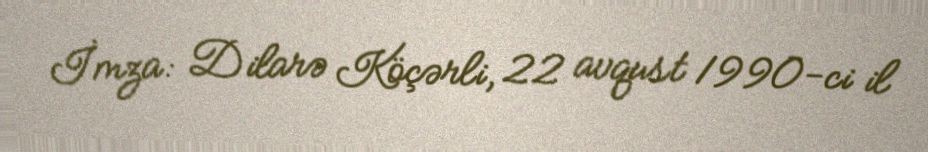
İmza: Dilarə Köçərli, 22 avqust 1990-ci il